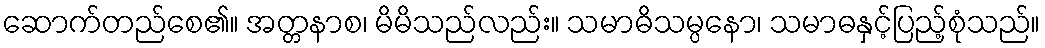
ဆောက်တည်စေ၏။ အတ္တနာစ၊ မိမိသည်လည်း။ သမာဓိသမ္ပနော၊ သမာဓနှင့်ပြည့်စုံသည်။